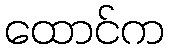
ထောင်က